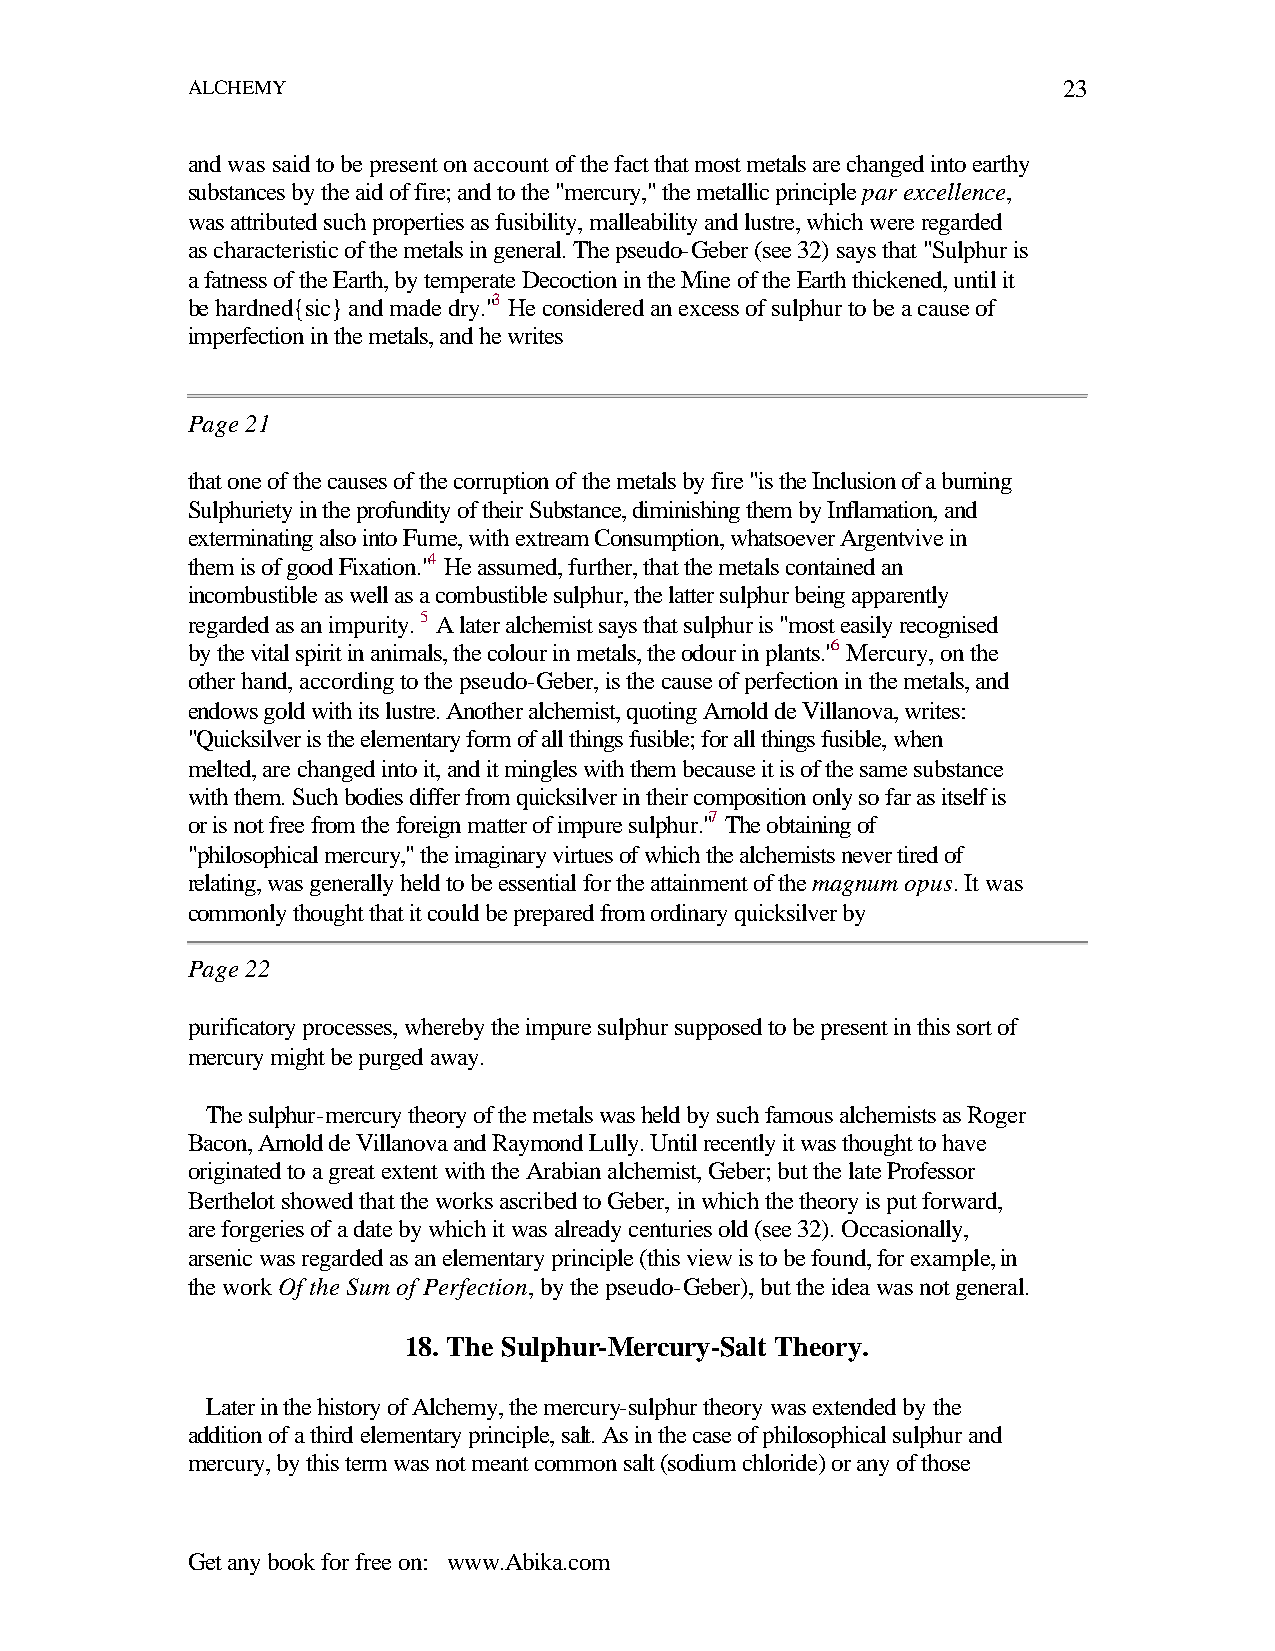
ALCHEMY                                                   23
 and was said to be present on account of the fact that most metals are changed into earthy
 substances by the aid of fire; and to the "mercury," the metallic principle par excellence,
 was attributed such properties as fusibility, malleability and lustre, which were regarded
 as characteristic of the metals in general. The pseudo-Geber (see 32) says that "Sulphur is
 a fatness of the Earth, by temperate Decoction in the Mine of the Earth thickened, until it
 be hardned{sic} and made dry."3 He considered an excess of sulphur to be a cause of
 imperfection in the metals, and he writes
 Page 21
 that one of the causes of the corruption of the metals by fire "is the Inclusion of a burning
 Sulphuriety in the profundity of their Substance, diminishing them by Inflamation, and
 exterminating also into Fume, with extream Consumption, whatsoever Argentvive in
 them is of good Fixation."4 He assumed, further, that the metals contained an
 incombustible as well as a combustible sulphur, the latter sulphur being apparently
 regarded as an impurity. 5 A later alchemist says that sulphur is "most easily recognised
 by the vital spirit in animals, the colour in metals, the odour in plants."6 Mercury, on the
 other hand, according to the pseudo-Geber, is the cause of perfection in the metals, and
 endows gold with its lustre. Another alchemist, quoting Arnold de Villanova, writes:
 "Quicksilver is the elementary form of all things fusible; for all things fusible, when
 melted, are changed into it, and it mingles with them because it is of the same substance
 with them. Such bodies differ from quicksilver in their composition only so far as itself is
 or is not free from the foreign matter of impure sulphur."7 The obtaining of
 "philosophical mercury," the imaginary virtues of which the alchemists never tired of
 relating, was generally held to be essential for the attainment of the magnum opus. It was
 commonly thought that it could be prepared from ordinary quicksilver by
 Page 22
 purificatory processes, whereby the impure sulphur supposed to be present in this sort of
 mercury might be purged away.
 The sulphur-mercury theory of the metals was held by such famous alchemists as Roger
 Bacon, Arnold de Villanova and Raymond Lully. Until recently it was thought to have
 originated to a great extent with the Arabian alchemist, Geber; but the late Professor
 Berthelot showed that the works ascribed to Geber, in which the theory is put forward,
 are forgeries of a date by which it was already centuries old (see 32). Occasionally,
 arsenic was regarded as an elementary principle (this view is to be found, for example, in
 the work Of the Sum of Perfection, by the pseudo-Geber), but the idea was not general.
 18. The Sulphur-Mercury-Salt Theory.
 Later in the history of Alchemy, the mercury-sulphur theory was extended by the
 addition of a third elementary principle, salt. As in the case of philosophical sulphur and
 mercury, by this term was not meant common salt (sodium chloride) or any of those
 Get any book for free on: www.Abika.com